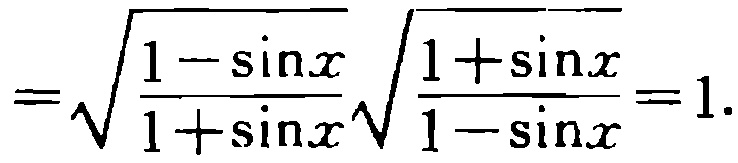
$=\sqrt{\frac{1 - \sin x}{1 + \sin x}}\sqrt{\frac{1 + \sin x}{1 - \sin x}} = 1.$